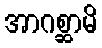
အာဂစ္ဆာမိ